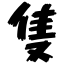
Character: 隻